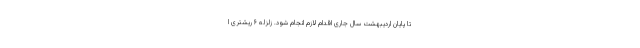
تا پایان اردیبهشت سال جاری اقدام لازم انجام شود. زلزله ۶ ریشتری ا